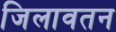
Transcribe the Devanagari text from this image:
जिलावतन